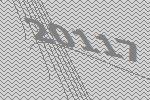
20117